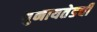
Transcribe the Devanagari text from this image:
युनायतेडची